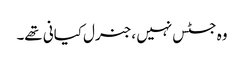
وہ جسٹس نہیں ،جنرل کیانی تھے۔